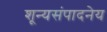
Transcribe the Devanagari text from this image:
शून्यसंपादनेय